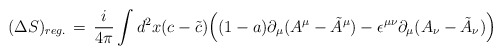
\begin{align*}(\Delta S)_{reg.} \,=\, {i\over 4\pi}\int d^2x ( c -\tilde c) \Big( (1-a) \partial_\mu (A^\mu - \tilde A^\mu ) - \epsilon^{\mu\nu}\partial_\mu (A_\nu -\tilde A_\nu ) \Big)\end{align*}